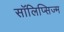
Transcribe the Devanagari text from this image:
सॉलिप्सिज्म